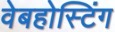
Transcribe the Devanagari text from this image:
वेबहोस्टिंग